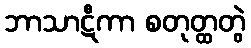
ဘာသာဋီကာ စတုတ္ထတွဲ